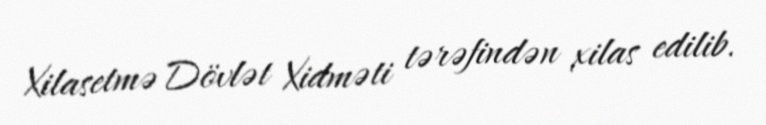
Xilasetmə Dövlət Xidməti tərəfindən xilas edilib.